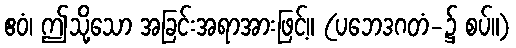
ဧဝံ၊ ဤသို့သော အခြင်းအရာအားဖြင့်။ (ပဘေဒဂတံ-၌ စပ်။)